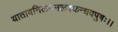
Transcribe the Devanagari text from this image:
यातावनिलमनलस्कन्धवपुषः।।